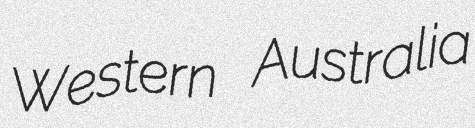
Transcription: Western Australia